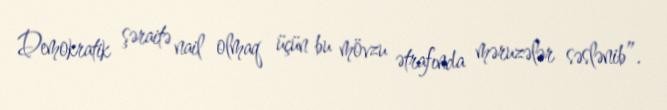
Demokratik şəraitə nail olmaq üçün bu mövzu ətrafında məruzələr səslənib”.